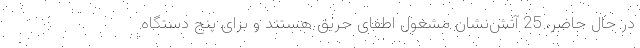
در حال حاضر، 25 آتش‌نشان مشغول اطفای حریق هستند و برای پنج دستگاه